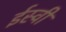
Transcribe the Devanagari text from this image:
र्इस्वी